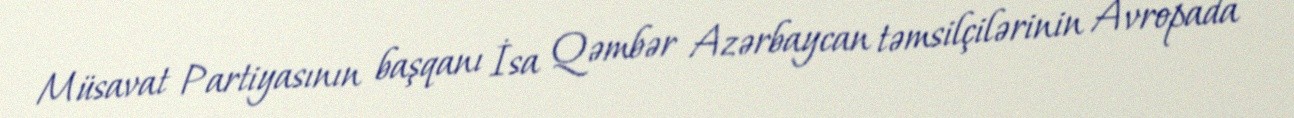
Müsavat Partiyasının başqanı İsa Qəmbər Azərbaycan təmsilçilərinin Avropada